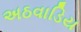
અઠવાડિય